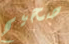
صحيح